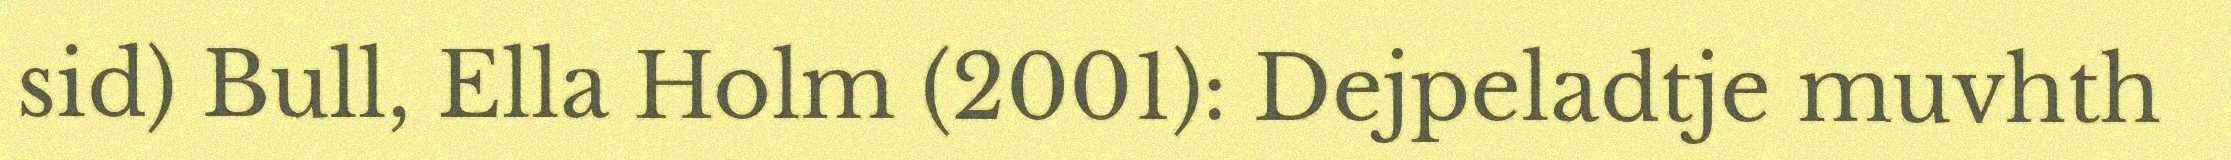
sid) Bull, Ella Holm (2001): Dejpeladtje muvhth